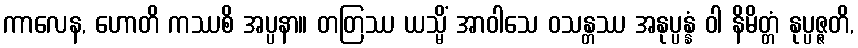
ကာလေန, ဟောတိ ကဿစိ အပ္ပနာ။ တတြဿ ယသ္မိံ အာဝါသေ ဝသန္တဿ အနုပ္ပန္နံ ဝါ နိမိတ္တံ နုပ္ပဇ္ဇတိ,